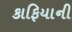
કાફિયાની